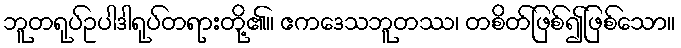
ဘူတရုပ်ဥပါဒါရုပ်တရားတို့၏။ ဧကဒေသဘူတဿ၊ တစိတ်ဖြစ်၍ဖြစ်သော။